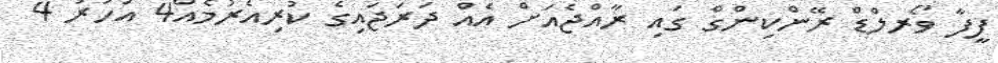
ފީފާ ވޯރލްޑް ރޭންކިންގް ގައި ރާއްޖެއަށް އެއް ދަރަޖައިގެ ކުރިއެރުމެއް4 އަހަރު 4